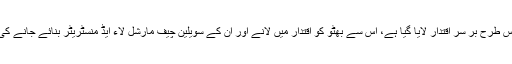
اب عمران خان کو جس طرح بر سر اقتدار لایا گیا ہے، اس سے بھٹو کو اقتدار میں لانے اور ان کے سویلین چیف مارشل لاء ایڈ منسٹریٹر بنائے جانے کی یاد تازہ ہو گئی ہے۔